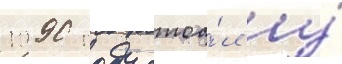
1990 году стоа́л у́